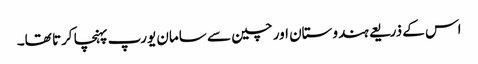
اس کے ذریعے ہندوستان اور چین سے سامان یورپ پہنچا کرتا تھا۔